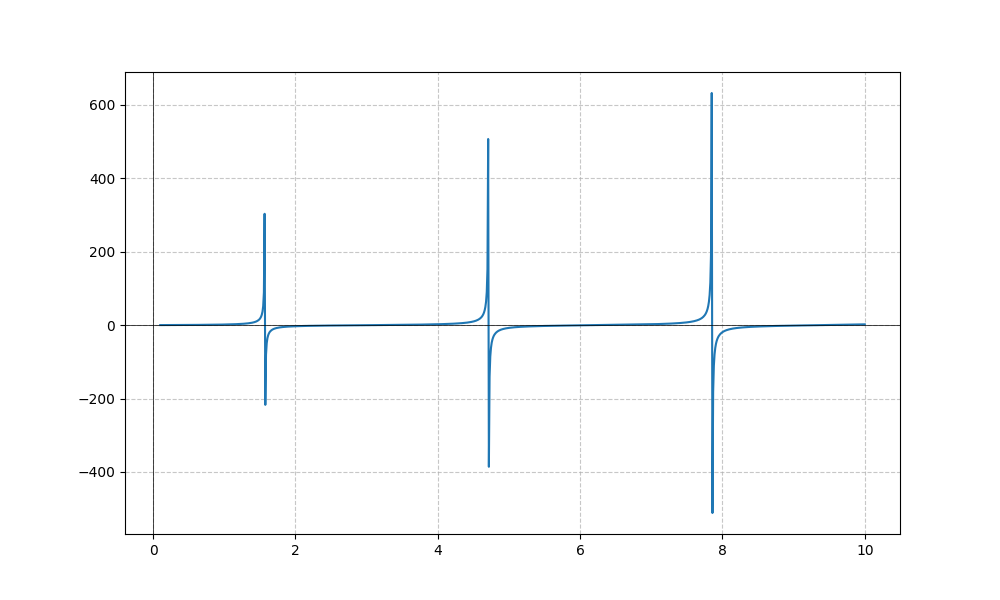
LaTeX formula: \sqrt{x} \tan{\left(x \right)}